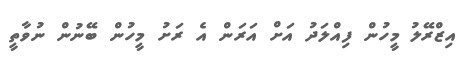
އިޒްރޭލު މީހުން ފިއްލަދު އަށް އަރަން އެ ރަށު މީހުން ބޭނުން ނުވާތީ